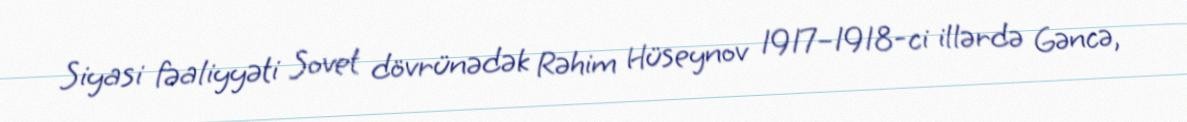
Siyasi fəaliyyəti Sovet dövrünədək Rəhim Hüseynov 1917–1918-ci illərdə Gəncə,